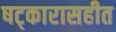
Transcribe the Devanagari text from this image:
षट्कारासहीत